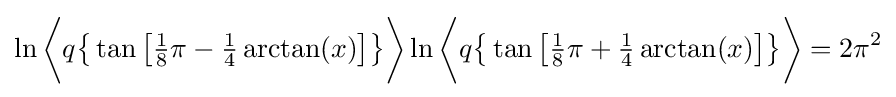
\ln {\biggl \langle }q{\bigl \{}\tan {\bigl [}{\tfrac {1}{8}}\pi -{\tfrac {1}{4}}\arctan(x){\bigr ]}{\bigr \}}{\biggr \rangle }\ln {\biggl \langle }q{\bigl \{}\tan {\bigl [}{\tfrac {1}{8}}\pi +{\tfrac {1}{4}}\arctan(x){\bigr ]}{\bigr \}}{\biggr \rangle }=2\pi ^{2}